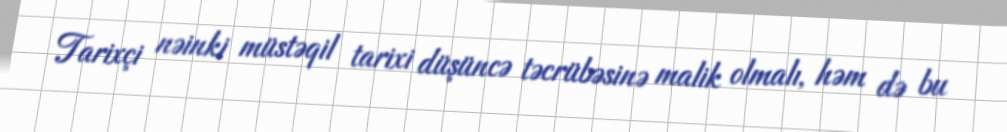
Tarixçi nəinki müstəqil tarixi düşüncə təcrübəsinə malik olmalı, həm də bu